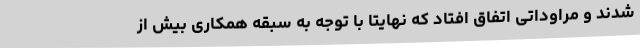
شدند و مراوداتی اتفاق افتاد که نهایتا با توجه به سبقه همکاری بیش از